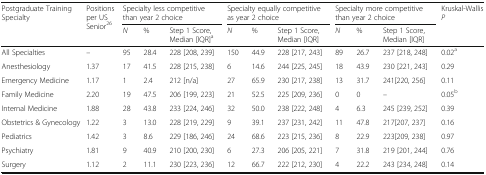
| <ROWSPAN=2> Postgraduate Training Specialty | <ROWSPAN=2> Positions per US Senior26 | <COLSPAN=3> Specialty less competitive than year 2 choice | <COLSPAN=3> Specialty equally competitive as year 2 choice | <COLSPAN=3> Specialty more competitive than year 2 choice | Kruskal-WallisP |
 | N | % | Step 1 Score, Median [IQR]a | N | % | Step 1 Score, Median [IQR] | N | % | Step 1 Score, Median [IQR] |  |
 | --- | --- | --- | --- | --- | --- | --- | --- | --- | --- | --- | --- |
 | All Specialties | – | 95 | 28.4 | 228 [208, 239] | 150 | 44.9 | 228 [217, 243] | 89 | 26.7 | 237 [218, 248] | 0.02a |
 | Anesthesiology | 1.37 | 17 | 41.5 | 228 [215, 238] | 6 | 14.6 | 244 [225, 245] | 18 | 43.9 | 230 [221, 243] | 0.29 |
 | Emergency Medicine | 1.17 | 1 | 2.4 | 212 [n/a] | 27 | 65.9 | 230 [217, 238] | 13 | 31.7 | 241[220, 256] | 0.11 |
 | Family Medicine | 2.20 | 19 | 47.5 | 206 [199, 223] | 21 | 52.5 | 225 [209, 236] | 0 | 0 | – | 0.05b |
 | Internal Medicine | 1.88 | 28 | 43.8 | 233 [224, 246] | 32 | 50.0 | 238 [222, 248] | 4 | 6.3 | 245 [239, 252] | 0.39 |
 | Obstetrics & Gynecology | 1.22 | 3 | 13.0 | 228 [219, 229] | 9 | 39.1 | 237 [231, 242] | 11 | 47.8 | 217[207, 237] | 0.16 |
 | Pediatrics | 1.42 | 3 | 8.6 | 229 [186, 246] | 24 | 68.6 | 223 [215, 236] | 8 | 22.9 | 223[209, 238] | 0.97 |
 | Psychiatry | 1.81 | 9 | 40.9 | 210 [200, 230] | 6 | 27.3 | 206 [205, 221] | 7 | 31.8 | 219 [201, 244] | 0.76 |
 | Surgery | 1.12 | 2 | 11.1 | 230 [223, 236] | 12 | 66.7 | 222 [212, 230] | 4 | 22.2 | 243 [234, 248] | 0.14 |